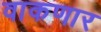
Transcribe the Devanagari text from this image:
वाकणार